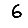
Digit: 6